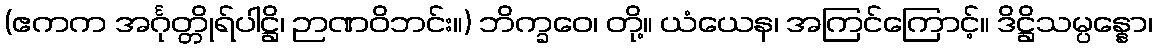
(ဧကက အင်္ဂုတ္တိုရ်ပါဋ္ဌိ၊ ဉာဏဝိဘင်း။) ဘိက္ခဝေ၊ တို့။ ယံယေန၊ အကြင်ကြောင့်။ ဒိဋ္ဌိသမ္ပန္နော၊